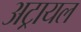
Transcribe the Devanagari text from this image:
अट्रायल